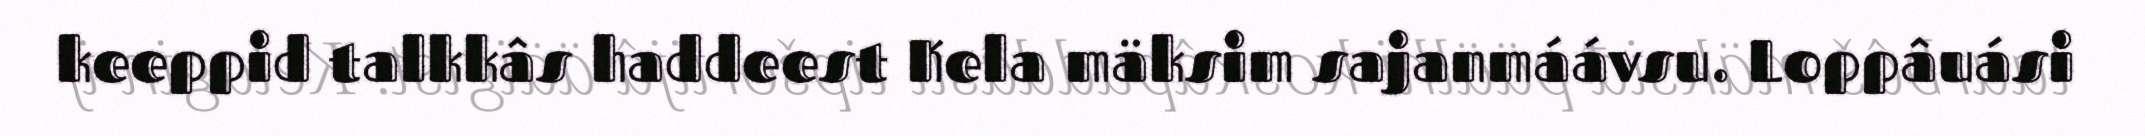
keeppid talkkâs haddeest Kela mäksim sajanmáávsu. Loppâuási